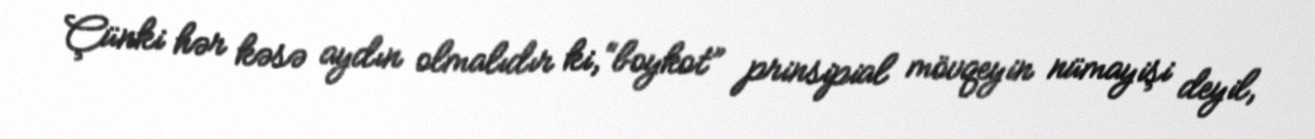
Çünki hər kəsə aydın olmalıdır ki, “boykot” prinsipial mövqeyin nümayişi deyil,